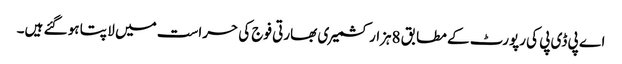
اے پی ڈی پی کی رپورٹ کے مطابق 8ہزار کشمیر ی بھارتی فوج کی حراست میں لا پتا ہو گئے ہیں۔